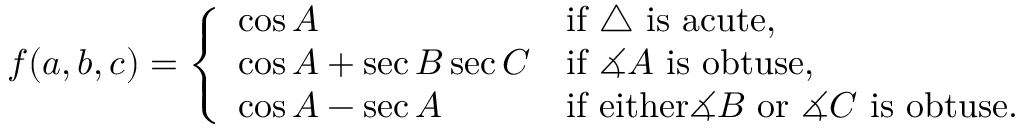
f ( a , b , c ) = { \left\{ \begin{array} { l l } { \cos A } & { { \mathrm { i f ~ } } \triangle { \mathrm { ~ i s ~ a c u t e } } , } \\ { \cos A + \sec B \sec C } & { { \mathrm { i f ~ } } \measuredangle A { \mathrm { ~ i s ~ o b t u s e } } , } \\ { \cos A - \sec A } & { { \mathrm { i f ~ e i t h e r } } \measuredangle B { \mathrm { ~ o r ~ } } \measuredangle C { \mathrm { ~ i s ~ o b t u s e } } . } \end{array} \right. }